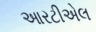
આરટીએલ